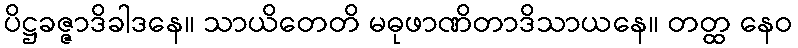
ပိဋ္ဌခဇ္ဇာဒိခါဒနေ။ သာယိတေတိ မဓုဖာဏိတာဒိသာယနေ။ တတ္ထ နေဝ